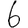
Digit: 6